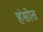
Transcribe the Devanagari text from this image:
हंसोत